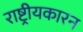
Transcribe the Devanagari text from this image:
राष्ट्रीयकारन